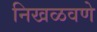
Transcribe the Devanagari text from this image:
निखळवणे